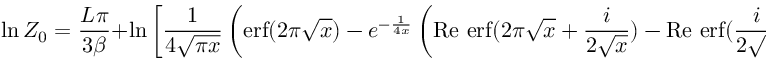
\ln Z _ { 0 } = \frac { L \pi } { 3 \beta } + \ln \left[ \frac { 1 } { 4 \sqrt { \pi x } } \left( \mathrm { e r f } ( 2 \pi \sqrt { x } ) - e ^ { - \frac { 1 } { 4 x } } \left( \mathrm { R e ~ e r f } ( 2 \pi \sqrt { x } + \frac { i } { 2 \sqrt { x } } ) - \mathrm { R e ~ e r f } ( \frac { i } { 2 \sqrt { x } } ) \right) \right) \right]